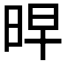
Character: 𭥳